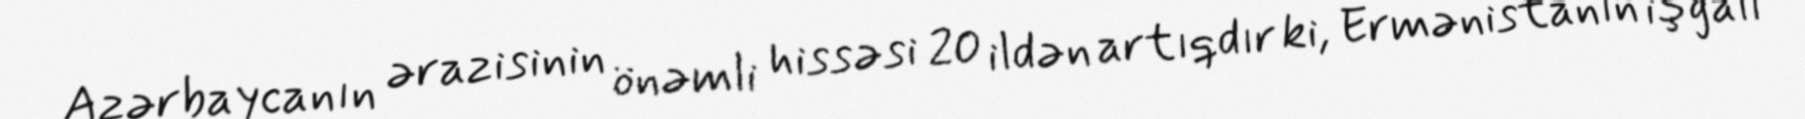
Azərbaycanın ərazisinin önəmli hissəsi 20 ildən artıqdır ki, Ermənistanın işğalı